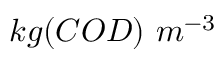
k g ( C O D ) \ m ^ { - 3 }